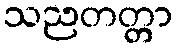
သညတတ္တာ